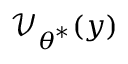
\boldsymbol { \mathcal { V } } _ { \boldsymbol { \theta } ^ { \ast } } ( \boldsymbol { y } )